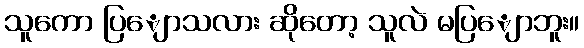
သူကော ပြျောသလား ဆိုတော့ သူလဲ မပြျောဘူး။